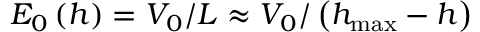
E _ { 0 } \left( h \right) = V _ { 0 } / L \approx V _ { 0 } / \left( h _ { \operatorname* { m a x } } - h \right)